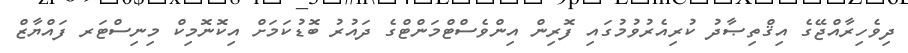
ދިވެހިރާއްޖޭގެ އިޤްތިޞާދު ކުރިއެރުވުމުގައި ފޮރިން އިންވެސްޓްމަންޓްގެ ދައުރު ބޮޑުކަމަށް އިކޮނޮމިކް މިނިސްޓަރ ފައްޔާޒް